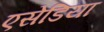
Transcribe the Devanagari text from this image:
एसेडिया